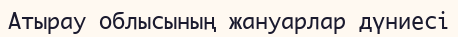
Атырау облысының жануарлар дүниесі